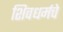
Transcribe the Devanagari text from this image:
शिवधर्मचे